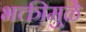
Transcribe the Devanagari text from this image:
भक्तीमुळे